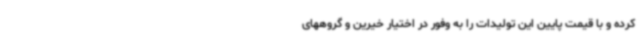
کرده و با قیمت پایین این تولیدات را به وفور در اختیار خیرین و گروههای